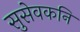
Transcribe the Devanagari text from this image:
सुसेवकनि